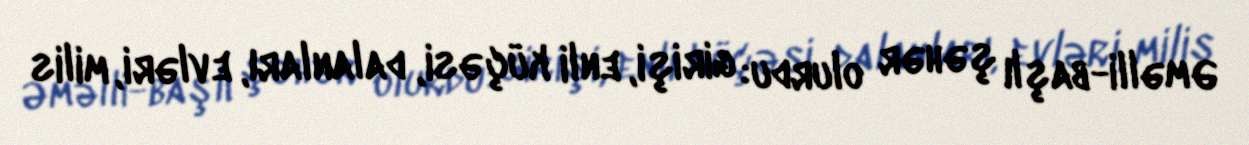
Əməlli-başlı şəhər olurdu: girişi, enli küçəsi, dalanları, evləri, milis